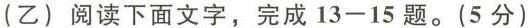
(乙) 阅读下面文字，完成13-15题。(5分)